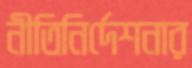
নীতিনির্দেশনার